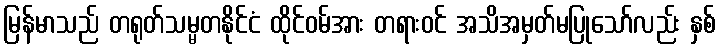
မြန်မာသည် တရုတ်သမ္မတနိုင်ငံ ထိုင်ဝမ်အား တရားဝင် အသိအမှတ်မပြုသော်လည်း နှစ်